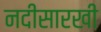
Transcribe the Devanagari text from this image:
नदीसारखी